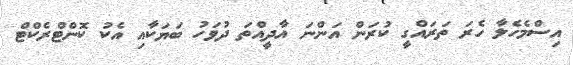
އިސްމެހެލާ ހެރަ ތަރައްގީ ކުރަން އަންނަ އާދީއްތަ ދުވަހު ބަޔަކާއި އެކު ކޮންޓްރެކްޓް